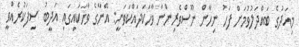
މިއަދުގެ ބައްދަލުވުމަށް ފަހު ނިހާން ނޫސްވެރިންނާ ވާހަކަދައްކަވަނީ: އޭނާގެ ވާހަކައިގައިި އަދީބު ސިފަކުރެއްވީ